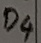
Text: D4